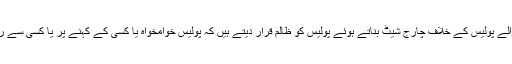
پولیس ریفارمز کی باتیں کرنے والے پولیس کے خلاف چارج شیٹ بناتے ہوئے پولیس کو ظالم قرار دیتے ہیں کہ پولیس خوامخواہ یا کسی کے کہنے پر یا کسی سے رشوت لے کر بندے مار دیتی ہے۔